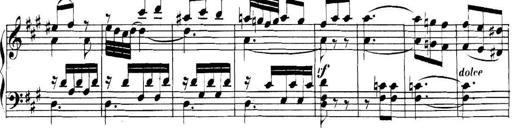
Title: Collected Piano Sonatas
Composer: Muzio Clementi